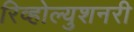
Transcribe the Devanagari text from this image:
रिव्होल्युशनरी